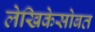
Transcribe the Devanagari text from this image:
लेखिकेसोबत